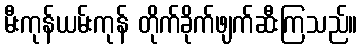
မီးကုန်ယမ်းကုန် တိုက်ခိုက်ဖျက်ဆီးကြသည်။